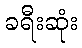
ခရီးဆုံး